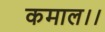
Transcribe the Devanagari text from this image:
कमाल।।